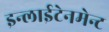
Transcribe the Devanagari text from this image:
इन्लाईटेनमेन्ट